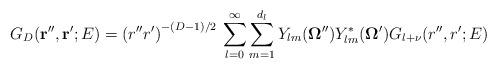
LaTeX: \begin{align*}G_{D}({\bf r''}, {\bf r'}; E) =\left( r'' r' \right)^{-(D-1)/2}\,\sum_{l= 0}^{\infty}\sum_{m=1}^{d_{l}}Y_{l m} ({\bf \Omega''})Y_{l m}^{ *} ({\bf \Omega'})G_{l +\nu}(r'',r';E)\; \end{align*}